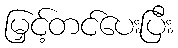
မြှင့်တင်ပေးပြီး